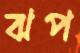
ঝপ